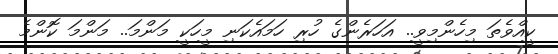
ކީއްވެތަ މިހެންމިވީ.. އަހަރެންގެ ހުރި ހަމައެކަނި މީހަކީ މަންމަ.. މަންމަ ކޮންމެ